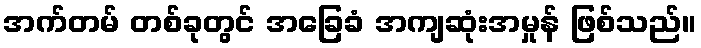
အက်တမ် တစ်ခုတွင် အခြေခံ အကျဆုံးအမှုန် ဖြစ်သည်။